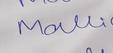
Signature authenticity: genuine